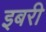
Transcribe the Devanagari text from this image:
इबरी